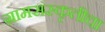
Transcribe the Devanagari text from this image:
ग्रामसंस्कृतीचा